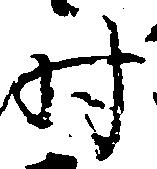
時